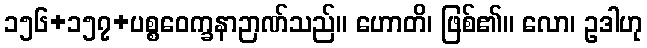
၁၅၆+၁၅၇+ပစ္စဝေက္ခနာဉာဏ်သည်။ ဟောတိ၊ ဖြစ်၏။ လော၊ ဥဒါဟု